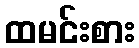
ထမင်းစား